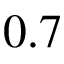
0 . 7